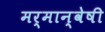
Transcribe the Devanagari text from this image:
मर्मान्‍वेषी